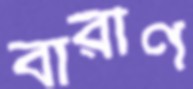
বারীণ